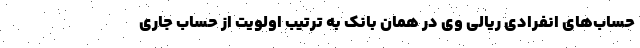
حساب‌های انفرادی ریالی وی در همان بانک به ترتیب اولویت از حساب جاری